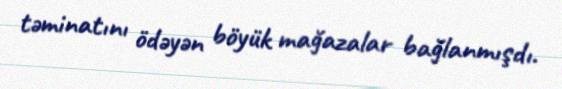
təminatını ödəyən böyük mağazalar bağlanmışdı.